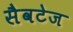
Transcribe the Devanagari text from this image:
सैवटेज